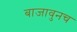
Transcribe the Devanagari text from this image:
बाजावुनच